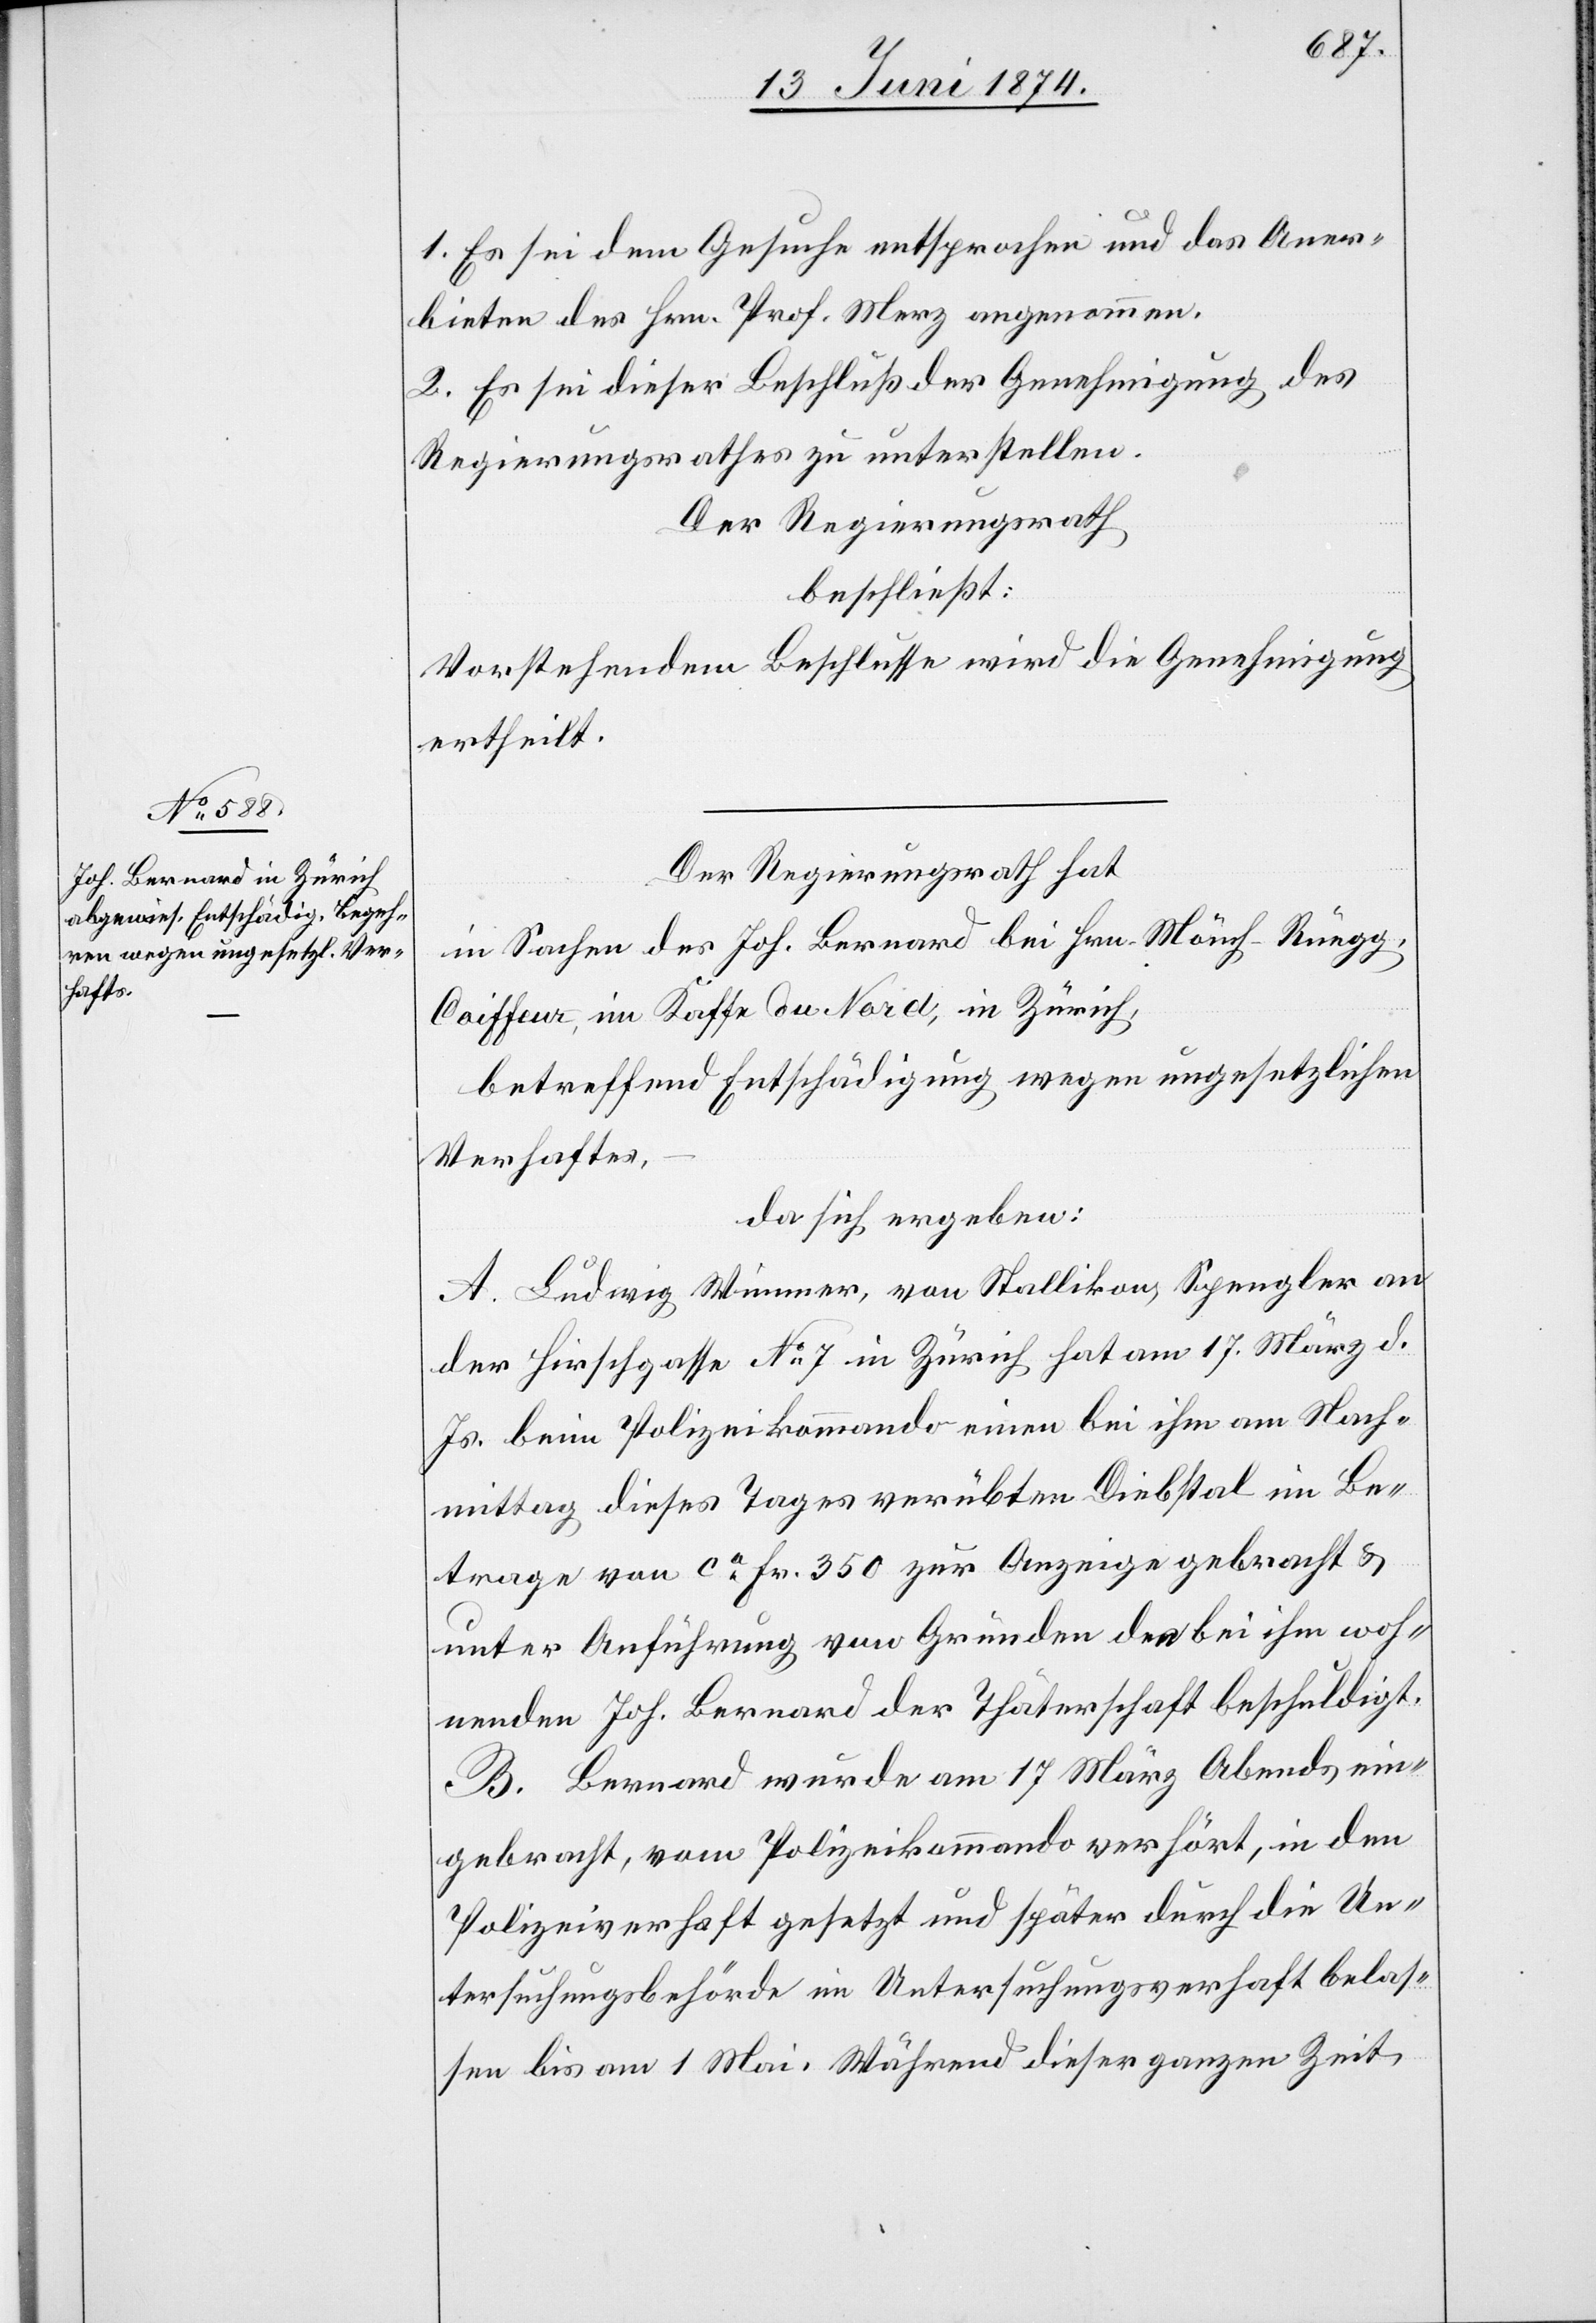
1. Es sei dem Gesuche entsprochen und das Aner¬
bieten des Hrn. Prof. Merz angenommen.
2. Es sei dieser Beschluß der Genehmigung des
Regierungsrathes zu unterstellen.
Der Regierungsrath
beschließt:
Vorstehendem Beschlusse wird die Genehmigung
ertheilt.
Der Regierungsrath hat
in Sachen des Joh. Bernard bei Hrn. Mönch-Rüegg,
Coiffeur, im Kaffe du Nord, in Zürich,
betreffend Entschädigung wegen ungesetzlichen
Verhaftes,
da sich ergeben:
A. Ludwig Wimmer, von Stallikon, Spengler an
der Hirschgasse No 7 in Zürich hat am 17. März d.
Js. beim Polizeikommando einen bei ihm am Nach¬
mittag dieses Tages verübten Diebstal im Be¬
trage von ca Fr. 350 zur Anzeige gebracht u.
unter Anführung von Gründen den bei ihm woh¬
nenden Joh. Bernard der Thäterschaft beschuldigt.
B. Bernard wurde am 17. März Abends ein¬
gebracht, vom Polizeikommando verhört, in den
Polizeiverhaft gesetzt und später durch die Un¬
tersuchungsbehörde in Untersuchungsverhaft belas¬
sen bis am 1. Mai. Während dieser ganzen Zeit,